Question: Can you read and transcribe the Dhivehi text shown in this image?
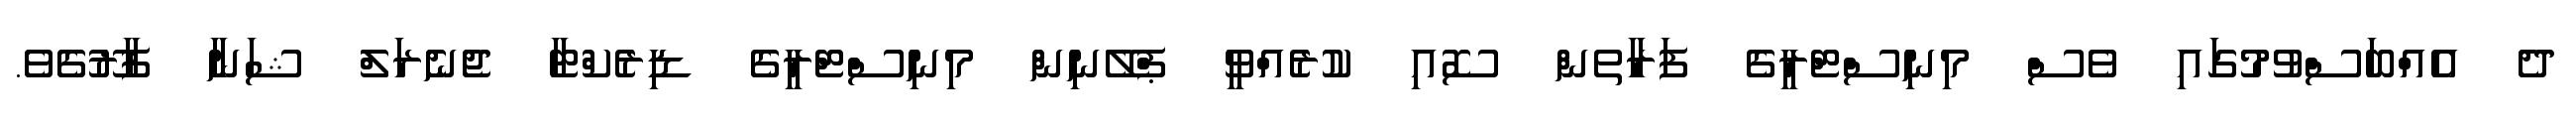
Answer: ދެ އެއްބަސްވުމުގައި ވެސް މިނިސްޓްރީގެ ފަރާތން ސޮއި ކުރެއްވީ ޕްލޭނިން މިނިސްޓްރީގެ ޑިރެކްޓާ ޖެނެރަލް ޝަނާ ފާރޫގެވެ.